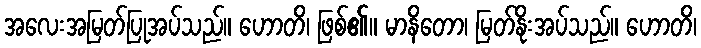
အလေးအမြတ်ပြုအပ်သည်။ ဟောတိ၊ ဖြစ်၏။ မာနိတော၊ မြတ်နိုးအပ်သည်။ ဟောတိ၊